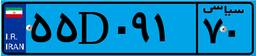
۴۲D۱۴۷۴۵